system: You are a helpful assistant.
user:
Analyze the provided spectrum to determine if it is a **Carbon Star (C-type)**.

- **Key Visual Indicators of Carbon Star:**
    - **(Primary):** Strong molecular absorption from **C₂ (diatomic carbon) "Swan Bands."** This is the **defining feature** of a carbon star.
        - **(Key Bandheads):** Sharp absorption edges are visible at approximately $5635$ Å, $5165$ Å (the strongest band), and $4737$ Å.
        - **(Line Profile):** Creates a distinct **"saw-tooth"** pattern. The key morphology is a sharp, steep bandhead on the **red (long-wavelength) side**, which then gradually tapers off (i.e., flux recovers) towards the **blue (short-wavelength) side**. *(This is the direct opposite of the TiO bands seen in M-type stars)*.

    - **(Secondary):** Intense **CN (cyanogen)** molecular absorption bands.
        - **(Key Bandheads):** Located in the blue and violet regions of the spectrum (e.g., near $4215$ Å and $3883$ Å).
        - **(Morphology):** These bands are extremely broad and act as a "blanket," absorbing the vast majority of blue and violet light. This creates a characteristic **"cliff"** or **"steep drop-off"** in the spectrum's flux at short wavelengths.

    - **(Key Confirmation):** Strong **CH absorption band (G-band)**.
        - **(Key Bandhead):** Located around $4300$ Å. The contribution from CH molecules to this band is exceptionally strong.

    - **(Overall Spectrum):**
        - The continuum is severely "chopped up" by these deep molecular bands, especially C₂, rather than appearing as a smooth curve.
        - Due to the heavy CN and C₂ absorption in the blue-green, the vast majority of the star's flux is concentrated in the red part of the spectrum, giving the star its characteristic deep red color.

Think first, call **spectral_visualization_tool** if needed to examine features in detail, then provide your final answer. Your response must adhere to the following strict rules:
1.  **Overall Structure:** Your response must follow the format `<think>...</think> <tool_call>...</tool_call> (if a tool is used) <answer>...</answer>`.
2.  **Tool Usage Constraint:** You may only make **one** tool call per turn.
3.  **Final Answer Format:** In the `<answer>` tag, your conclusion must be inside a `\boxed{}` command (e.g., `\boxed{YES}`), followed by your justification.

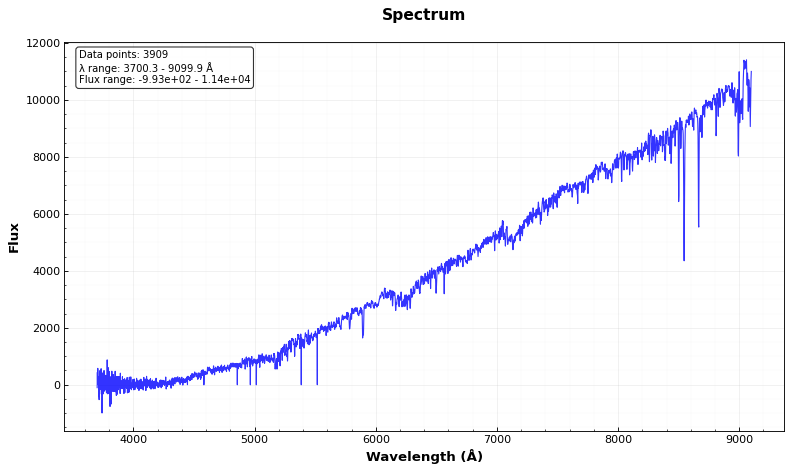
Answer: NO